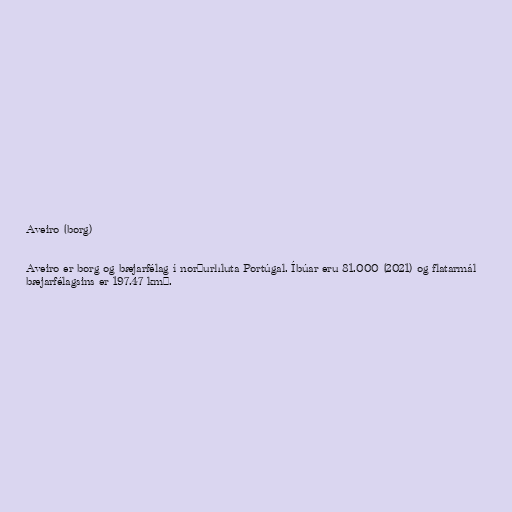
Aveiro (borg)

Aveiro er borg og bæjarfélag í norðurhluta Portúgal. Íbúar eru 81.000 (2021) og flatarmál
bæjarfélagsins er 197.47 km².